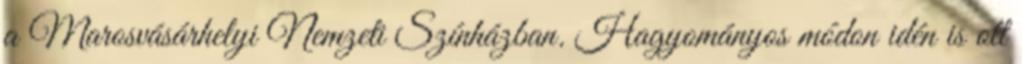
a Marosvásárhelyi Nemzeti Színházban. Hagyományos módon idén is ott